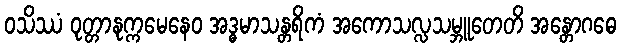
ဝသိဿံ ဝုတ္တာနုက္ကမေနေဝ အဒ္ဓမာသန္တရိကံ အကောသလ္လသမ္ဘူတေတိ အန္တောဂဓေ